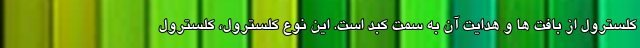
کلسترول از بافت ها و هدایت آن به سمت کبد است. این نوع کلسترول، کلسترول